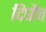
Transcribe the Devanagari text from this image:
दिघौच